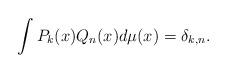
LaTeX: \begin{align*} \int P_k(x) Q_n(x) d\mu(x)= \delta_{k,n} .\end{align*}